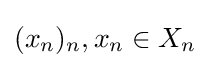
(x_{n})_{n},x_{n}\in X_{n}